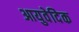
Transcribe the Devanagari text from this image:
आयुवेदिेक